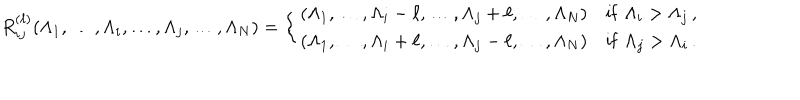
LaTeX: R _ { i j } ^ { ( \ell ) } ( \Lambda _ { 1 } , \dots , \Lambda _ { i } , \dots , \Lambda _ { j } , \dots , \Lambda _ { N } ) = \left\{ \begin{array} { l l } { { ( \Lambda _ { 1 } , \dots , \Lambda _ { i } - \ell , \dots , \Lambda _ { j } + \ell , \dots , \Lambda _ { N } ) } } & { { \mathrm { { i f } } \, \, \Lambda _ { i } > \Lambda _ { j } \, , } } \\ { { ( \Lambda _ { 1 } , \dots , \Lambda _ { i } + \ell , \dots , \Lambda _ { j } - \ell , \dots , \Lambda _ { N } ) } } & { { { \mathrm { i f } } \, \, \Lambda _ { j } > \Lambda _ { i } \, . } } \\ \end{array} \right.